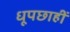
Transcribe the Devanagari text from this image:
धूपछाहीं